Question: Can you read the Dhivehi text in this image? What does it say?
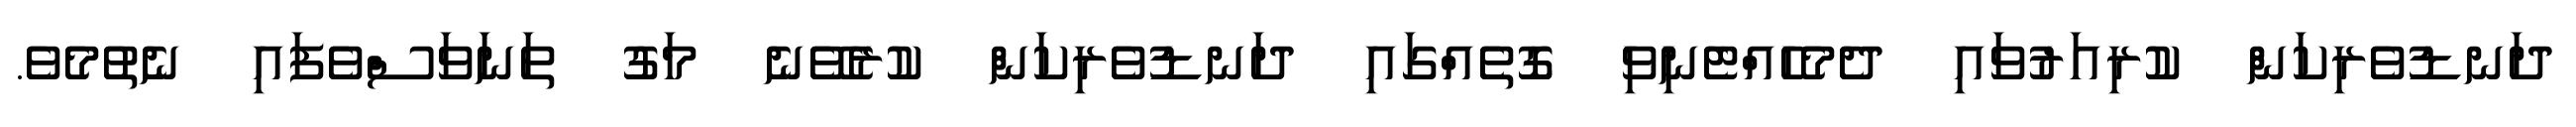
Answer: ދަނޑުވެރިކަން ކުރިއަރުވައި ދެމެހެއްޓެނިވި ގޮތެއްގައި ދަނޑުވެރިކަން ކުރެވޭނެ މަގު ތަނަވަސްވެފައި ނެތުމެވެ.